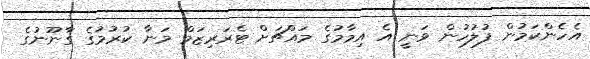
އެހެންކަމުން ފުލުހުން ވަނީ އެ އިމާމުގެ މައްޗަށް ޓެރަރިޒަމް މަނާ ކުރުމުގެ ގާނޫނުގެ